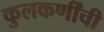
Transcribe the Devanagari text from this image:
कुलकर्णींची